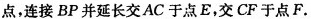
点，连接BP并延长交AC于点E，交CF于点F.